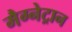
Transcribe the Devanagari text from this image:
मैग्नेट्रान